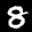
Label: 8